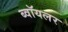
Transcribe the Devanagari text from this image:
ब्वॉयलर